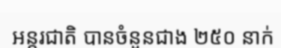
អន្តរជាតិ បានចំនួនជាង ២៥០ នាក់